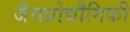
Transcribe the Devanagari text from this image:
जैवप्रोद्यौगिकी